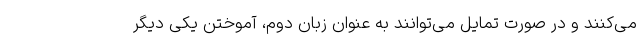
می‌کنند و در صورت تمایل می‌توانند به عنوان زبان دوم، آموختن یکی دیگر